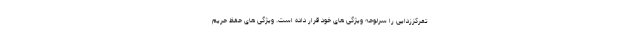
تمرکززدایی را سرلوحه ویژگی های خود قرار داده است. ویژگی های حفظ حریم